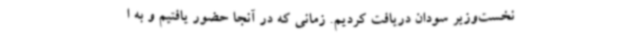
نخست‌وزیر سودان دریافت کردیم. زمانی که در آنجا حضور یافتیم و به ا